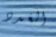
الغدد